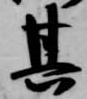
其